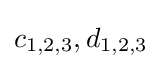
c_{1,2,3},d_{1,2,3}